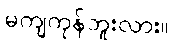
မကျကုန်ဘူးလား။